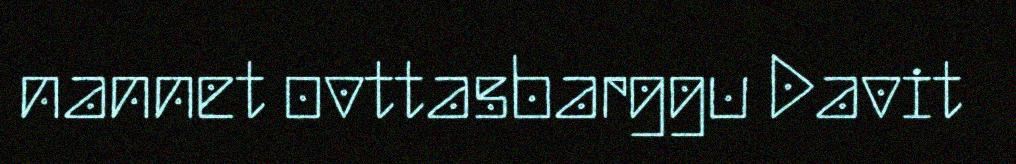
nannet ovttasbarggu Davit